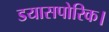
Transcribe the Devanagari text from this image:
डयासपोरिक।